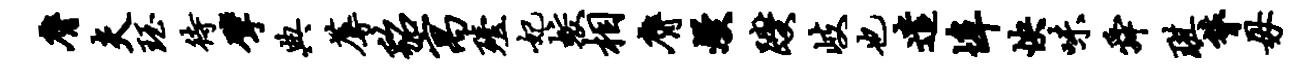
膺夫珏待擘典蓐貂寓殪妃蛟相膺熳躞岐也遣埠怏味舜琪膂毋